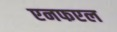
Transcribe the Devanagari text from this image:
एनफएल